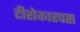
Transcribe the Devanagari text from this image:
टीरोकारपस